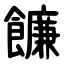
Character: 䭠